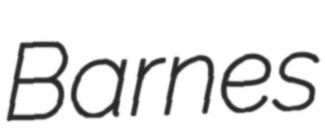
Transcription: Barnes